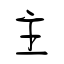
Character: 主